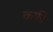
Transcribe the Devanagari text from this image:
कफ़ी